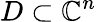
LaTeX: D\subset\mathbb{C}^{n}